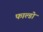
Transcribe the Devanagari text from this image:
फाल्डो